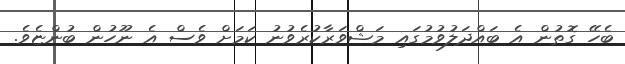
ބެހޭ ގޮތުން އެ ބައްދަލުވުމުގައި މަޝްވަރާކުރެވުނު ކަމަށް ވެސް އެ ނޫހުން ބުންޏެވެ.